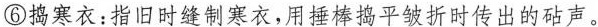
⑥捣寒衣：指旧时缝制寒衣，用捶棒捣平皱折时传出的砧声。